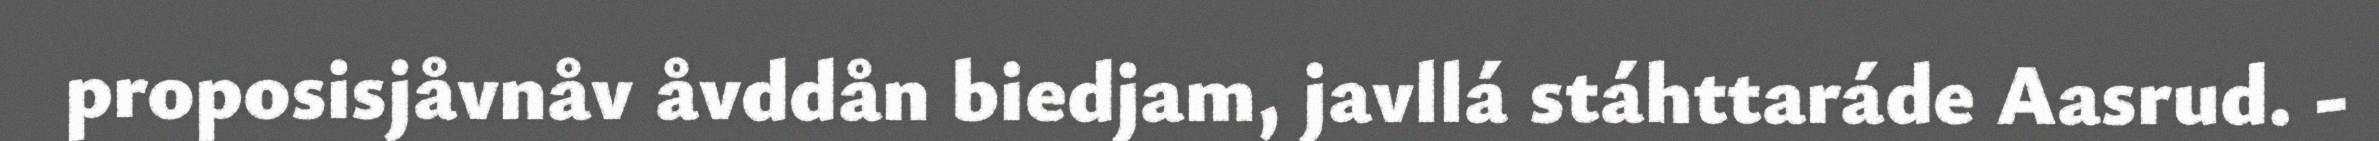
proposisjåvnåv åvddån biedjam, javllá stáhttaráde Aasrud. -